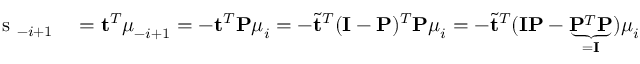
\begin{array} { r l } { \mathrm { ~ s ~ } _ { - i + 1 } } & { { } = \mathbf { t } ^ { T } \boldsymbol { \mu } _ { - i + 1 } = - \mathbf { t } ^ { T } \mathbf { P } \boldsymbol { \mu } _ { i } = - \tilde { \mathbf { t } } ^ { T } ( \mathbf { I } - \mathbf { P } ) ^ { T } \mathbf { P } \boldsymbol { \mu } _ { i } = - \tilde { \mathbf { t } } ^ { T } ( \mathbf { I } \mathbf { P } - \underbrace { \mathbf { P } ^ { T } \mathbf { P } } _ { = \mathbf { I } } ) \boldsymbol { \mu } _ { i } } \end{array}